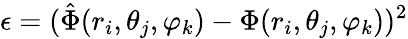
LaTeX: \epsilon=(\hat{\Phi}(r_{i},\theta_{j},\varphi_{k})-{\Phi}(r_{i},\theta_{j},\varphi_{k}))^{2}